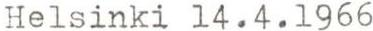
Helsinki 14.4.1966